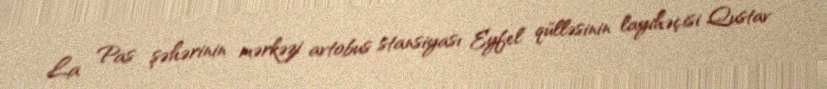
La Pas şəhərinin mərkəzi avtobus stansiyası Eyfel qülləsinin layihəçisi Qustav